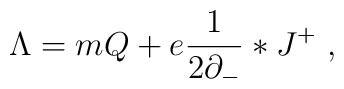
\Lambda = m Q + e \frac{1}{2\partial_{-}}* J^{+}\ ,